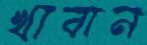
খাবান